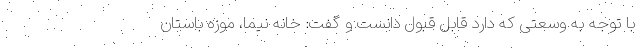
با توجه به وسعتی که دارد قابل قبول دانست و گفت: خانه نیما، موزه باستان